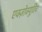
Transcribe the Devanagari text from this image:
एक्ज़ोक्यूटिव